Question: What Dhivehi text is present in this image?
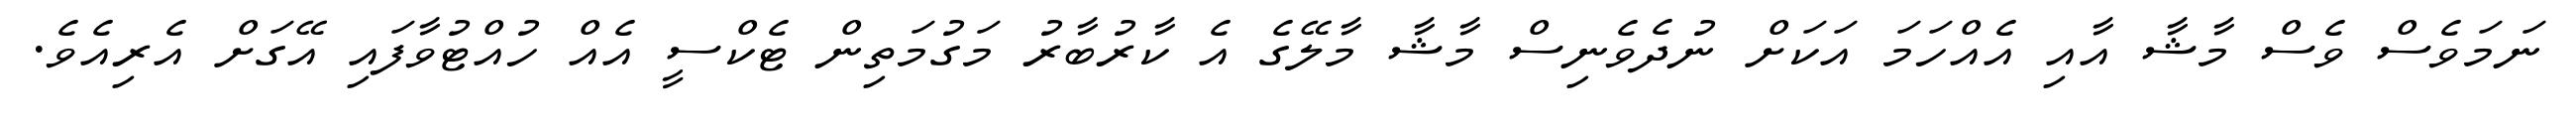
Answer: ނަމަވެސް ވެސް މާޝާ އާއި އެއްހަމަ އަކަށް ނުދެވެނިސް މާޝާ މާލޭގެ އެ ކާރުބާރު މަގުމަތިން ޓެކްސީ އެއް ހުއްޓުވާފައި އޭގަށް އެރިއެވެ.